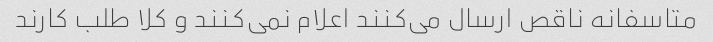
متاسفانه ناقص ارسال می‌کنند اعلام نمی‌کنند و کلا طلب کارند